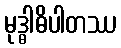
မုဒ္ဓါဓိပါတဿ